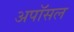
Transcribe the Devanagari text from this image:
अपॉसल